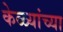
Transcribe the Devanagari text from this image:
केळ्यांच्या